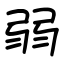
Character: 弱